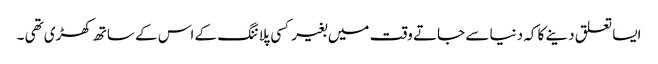
ایسا تعلق دینے کا کہ دنیا سے جاتے وقت میں بغیر کسی پلاننگ کے اس کے ساتھ کھڑی تھی ۔